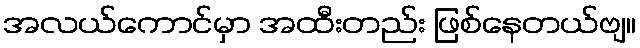
အလယ်ကောင်မှာ အထီးတည်း ဖြစ်နေတယ်ဗျ။